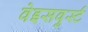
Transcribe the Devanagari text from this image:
वेइसवुर्स्ट